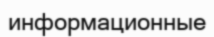
информационные